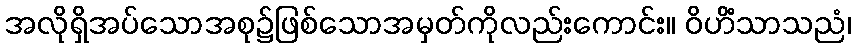
အလိုရှိအပ်သောအစု၌ဖြစ်သောအမှတ်ကိုလည်းကောင်း။ ဝိဟိံသာသညံ၊